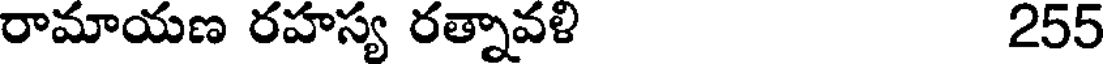
రామాయణ రహస్య రత్నావళి 255